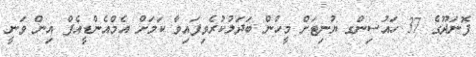
ފޮނަދޫގެ 37 ހައުސިންގ ޔުނިޓަށް މީހުން ބަދަލުކުރެވިފައިވާ ކަމަށް އެމްއެންޑީއެފް އިން ވަނީ